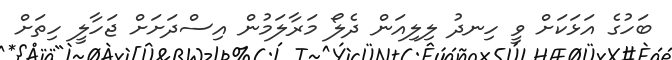
ބަހުގެ އަޅަކަށް ވީ ހިނދު ލިލިއަން ދެލޯ މަރާލަމުން އިސްދަށަށް ޖަހާލީ ހިތަށް